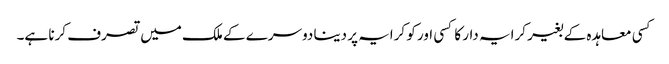
کسی معاہدہ کے بغیر کرایہ دار کا کسی اور کو کرایہ پر دینا دوسرے کے ملک میں تصرف کرنا ہے۔